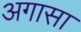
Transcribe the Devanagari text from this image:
अगासा